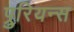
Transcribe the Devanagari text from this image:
प्रुरियन्स